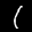
Label: 1